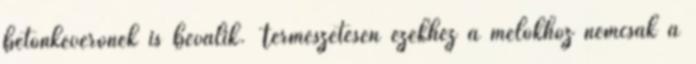
betonkeverőnek is beválik. Természetesen ezekhez a melókhoz nemcsak a